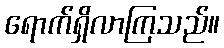
ရောက်ရှိလာကြသည်။